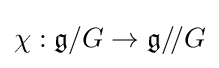
\chi :{\mathfrak {g}}/G\to {\mathfrak {g}}/\!/G